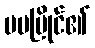
မမမြိုင်၏